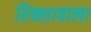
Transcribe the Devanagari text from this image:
रिक्शावाला